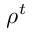
\rho ^ { t }